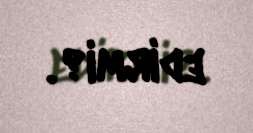
edirmi?.